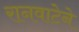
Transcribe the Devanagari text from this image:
रानवाटेने